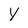
Character: Y